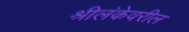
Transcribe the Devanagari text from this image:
श्रीलंकेवरील